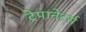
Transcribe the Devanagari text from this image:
ट्रेपानेटर्स